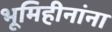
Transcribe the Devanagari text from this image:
भूमिहीनांना